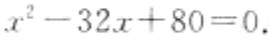
\(x^{2}-32x + 80 = 0\)